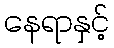
နေရာနှင့်